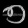
Digit: ၅